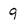
Character: 9